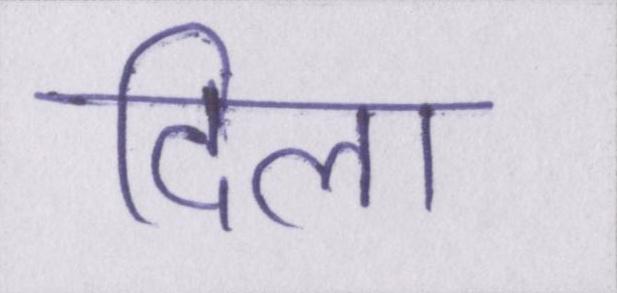
दिला